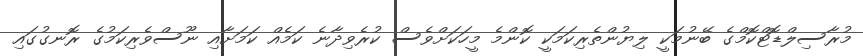
މުރާސިލްޑޮޓްކޮމްގެ ބޭނުމަކީ ލިޔުންތެރިކަމަކީ ކޮންމެ މީހަކަށްވެސް ކުރެވިދާނެ ކަމެއް ކަމަށާއި ނޫސްވެރިކަމުގެ ރޮނގުގައި